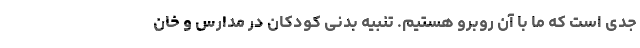
جدی است که ما با آن روبرو هستیم. تنبیه بدنی کودکان در مدارس و خان